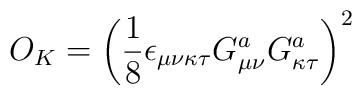
O_K=\left(\frac18 \epsilon_{\mu\nu\kappa\tau}G^a_{\mu\nu}G^a_{\kappa\tau}     \right)^2